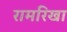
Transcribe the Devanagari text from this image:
रामरिखा